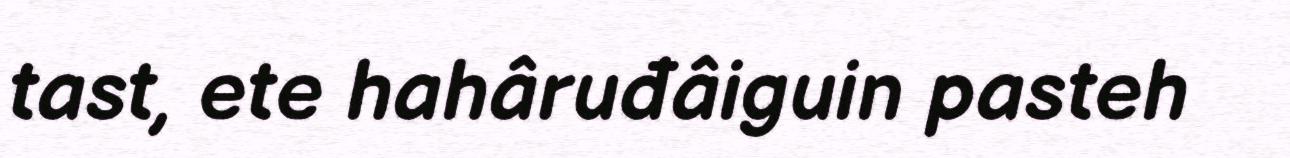
tast, ete hahâruđâiguin pasteh